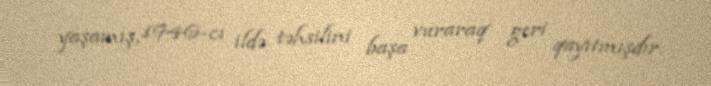
yaşamış, 1946-cı ildə təhsilini başa vuraraq geri qayıtmışdır.